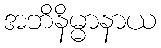
အဘိနိမ္မာနာယ